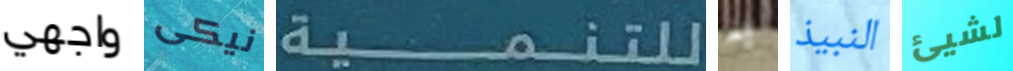
واجهي نيكى للتنمية به النبيذ لشيئ